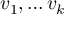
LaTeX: v _ { 1 } , \dots v _ { k }